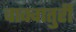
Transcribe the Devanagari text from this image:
वाक्चातुरी